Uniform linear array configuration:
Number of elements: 12
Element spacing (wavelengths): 0.75
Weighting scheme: binomial
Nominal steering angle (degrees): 15
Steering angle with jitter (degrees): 15.833
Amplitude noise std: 0.05
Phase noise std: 0.05

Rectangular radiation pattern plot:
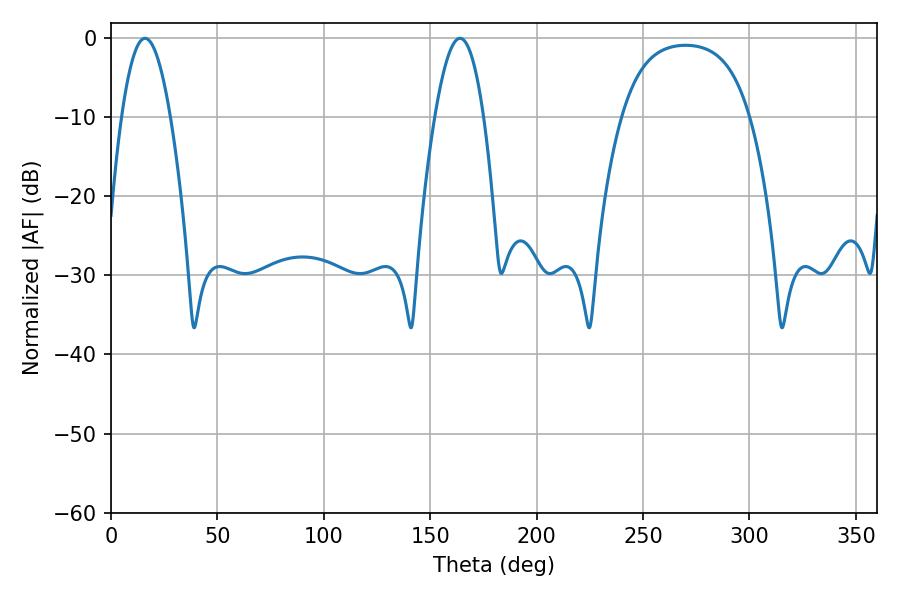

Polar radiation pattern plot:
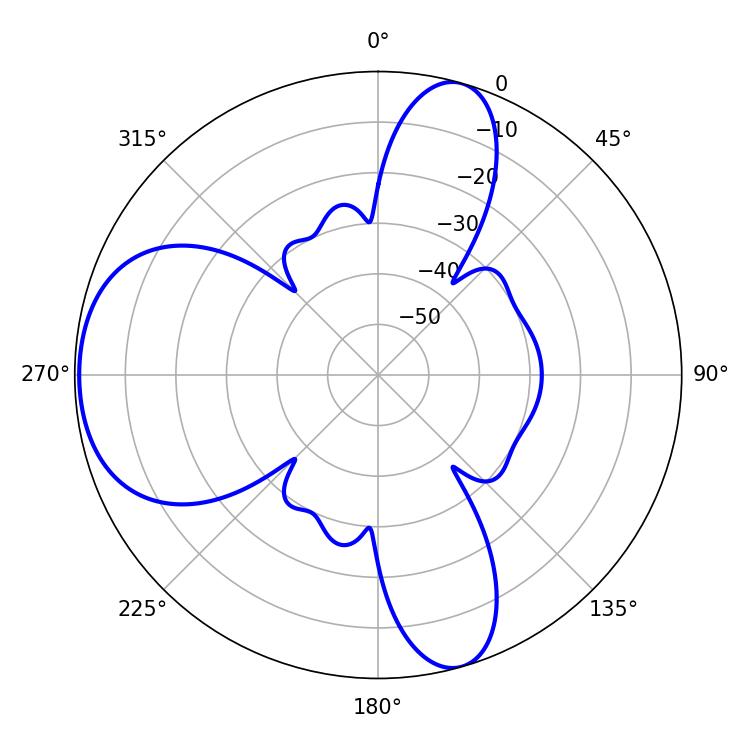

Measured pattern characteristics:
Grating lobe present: TRUE
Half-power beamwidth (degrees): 12.42
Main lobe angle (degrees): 16.02